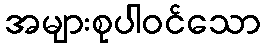
အများစုပါဝင်သော